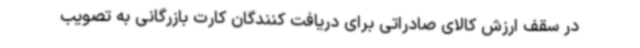
در سقف ارزش کالای صادراتی برای دریافت کنندگان کارت بازرگانی به تصویب